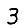
Digit: 3